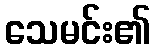
သေမင်း၏